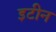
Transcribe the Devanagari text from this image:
इटीन